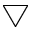
\bigtriangledown